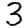
Digit: 3